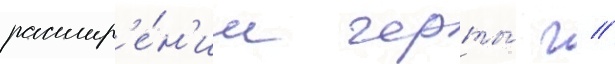
расшир'е́н'ии черты́ г //